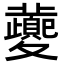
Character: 𡖂